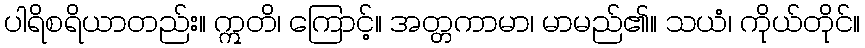
ပါရိစရိယာတည်း။ ဣတိ၊ ကြောင့်။ အတ္တကာမာ၊ မာမည်၏။ သယံ၊ ကိုယ်တိုင်။